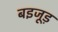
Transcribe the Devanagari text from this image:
बइजूड़